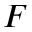
\boldsymbol { F }